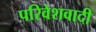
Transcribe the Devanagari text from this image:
परिवेशवादी